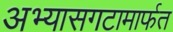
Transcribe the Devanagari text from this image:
अभ्यासगटामार्फत